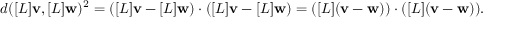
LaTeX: d ( [ L ] \mathbf { v } , [ L ] \mathbf { w } ) ^ { 2 } = ( [ L ] \mathbf { v } - [ L ] \mathbf { w } ) \cdot ( [ L ] \mathbf { v } - [ L ] \mathbf { w } ) = ( [ L ] ( \mathbf { v } - \mathbf { w } ) ) \cdot ( [ L ] ( \mathbf { v } - \mathbf { w } ) ) .